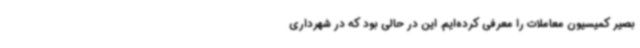
بصیر کمیسیون معاملات را معرفی کرده‌ایم. این در حالی بود که در شهرداری